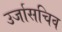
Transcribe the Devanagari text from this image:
उर्जासचिव